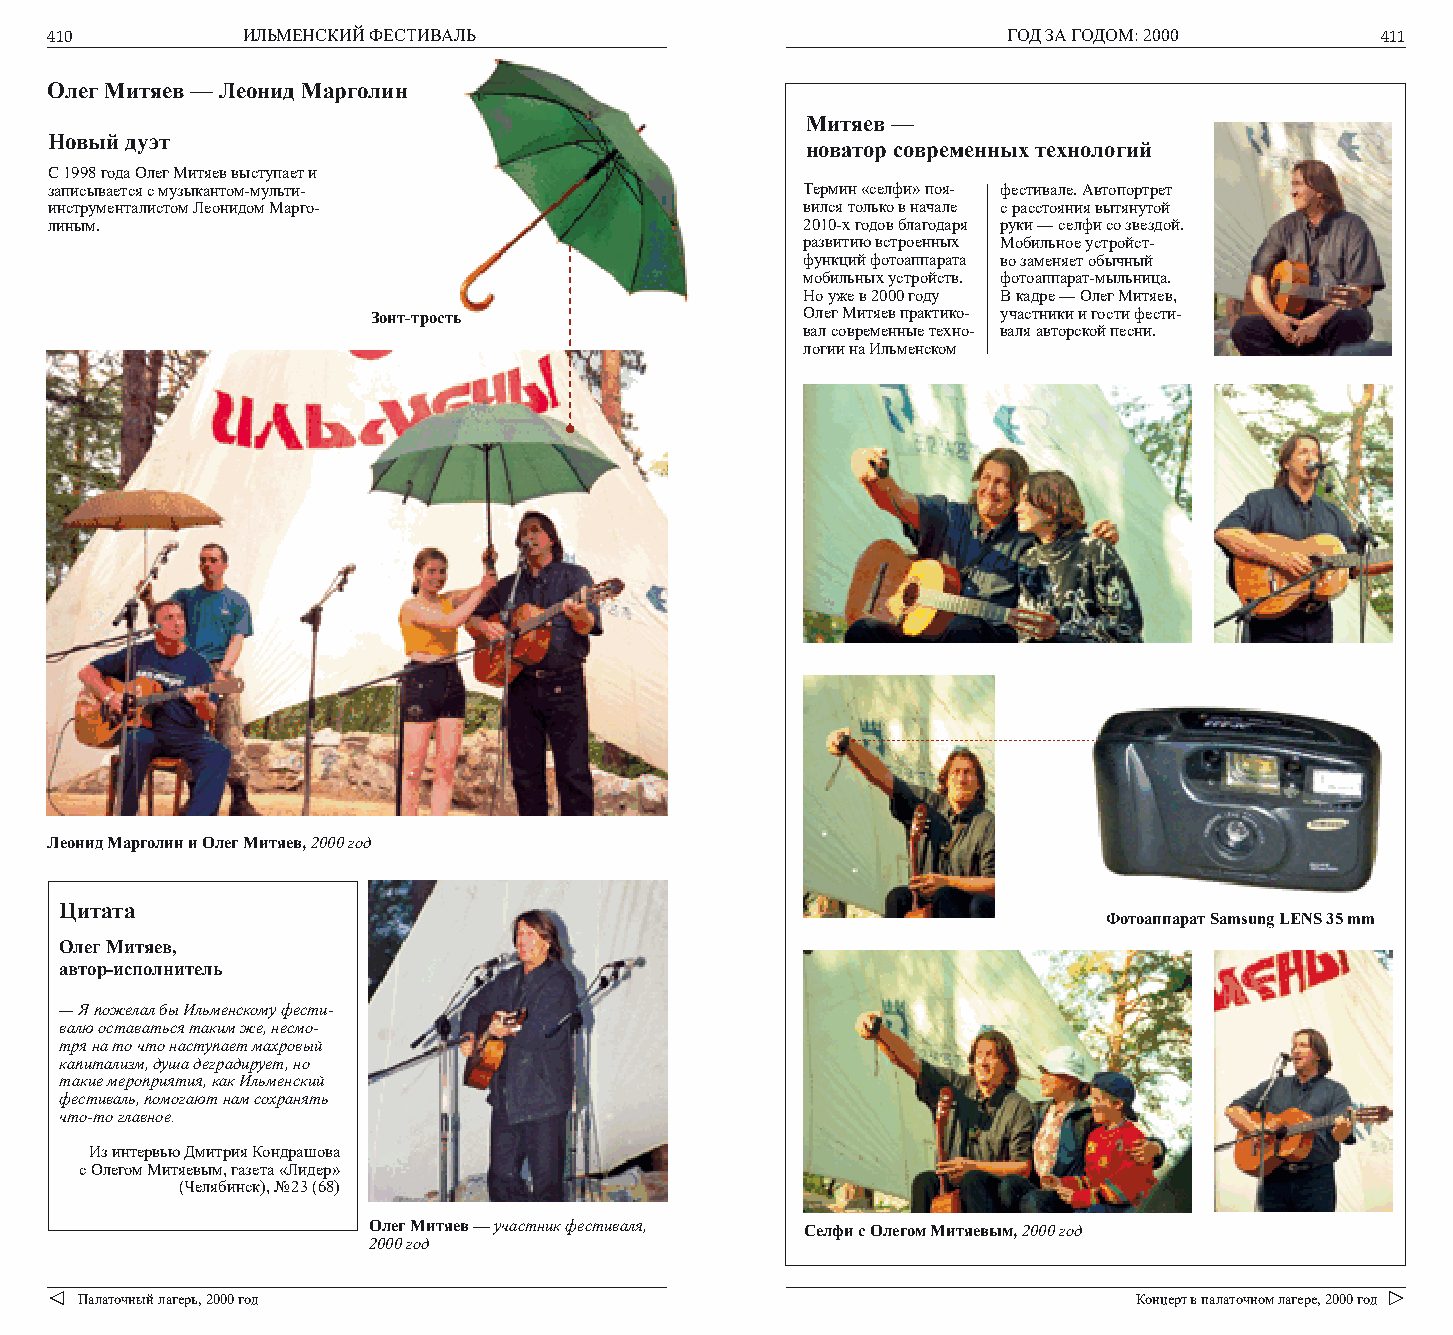
410          ИЛЬМЕНСКИЙ ФЕСТИВАЛЬ                               ГОД ЗА ГОДОМ: 2000      411
 Олег Митяев — Леонид Марголин
 Митяев —
 Новый дуэт
 новатор современных технологий
 С 1998 года Олег Митяев выступает и
 записывается с музыкантом-мульти-                 Термин «селфи» поя- фестивале. Автопортрет
 инструменталистом Леонидом Марго-                 вился только в начале с расстояния вытянутой
 линым.                                            2010-х годов благодаря руки — селфи со звездой.
 развитию встроенных Мобильное устройст-
 функций фотоаппарата во заменяет обычный
 мобильных устройств. фотоаппарат-мыльница.
 Но уже в 2000 году В кадре — Олег Митяев,
 Зонт-трость                 Олег Митяев практико- участники и гости фести-
 вал современные техно- валя авторской песни.
 логии на Ильменском
 Леонид Марголин и Олег Митяев, 2000 год
 Цитата
 Фотоаппарат Samsung LENS 35 mm
 Олег Митяев,
 автор-исполнитель
 — Я пожелал бы Ильменскому фести-
 валю оставаться таким же, несмо-
 тря на то что наступает махровый
 капитализм, душа деградирует, но
 такие мероприятия, как Ильменский
 фестиваль, помогают нам сохранять
 что-то главное.
 Из интервью Дмитрия Кондрашова
 с Олегом Митяевым, газета «Лидер»
 (Челябинск), № 23 (68)
 Олег Митяев — участник фестиваля, Селфи с Олегом Митяевым, 2000 год
 2000 год
 Палаточный лагерь, 2000 год                                           Концерт в палаточном лагере, 2000 год